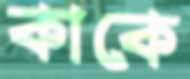
কাকে